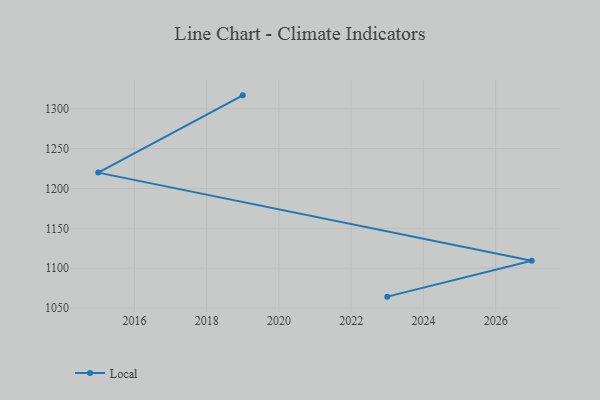
{"axis": {"x": "Year", "y": "Gross Profit (USD K)"}, "legend": ["Local"], "data": [{"x": "2019", "y": 1316.9, "type": "Local"}, {"x": "2015", "y": 1219.9, "type": "Local"}, {"x": "2027", "y": 1109.2, "type": "Local"}, {"x": "2023", "y": 1064.2, "type": "Local"}]}